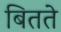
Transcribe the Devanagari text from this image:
बितते